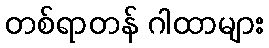
တစ်ရာတန် ဂါထာများ